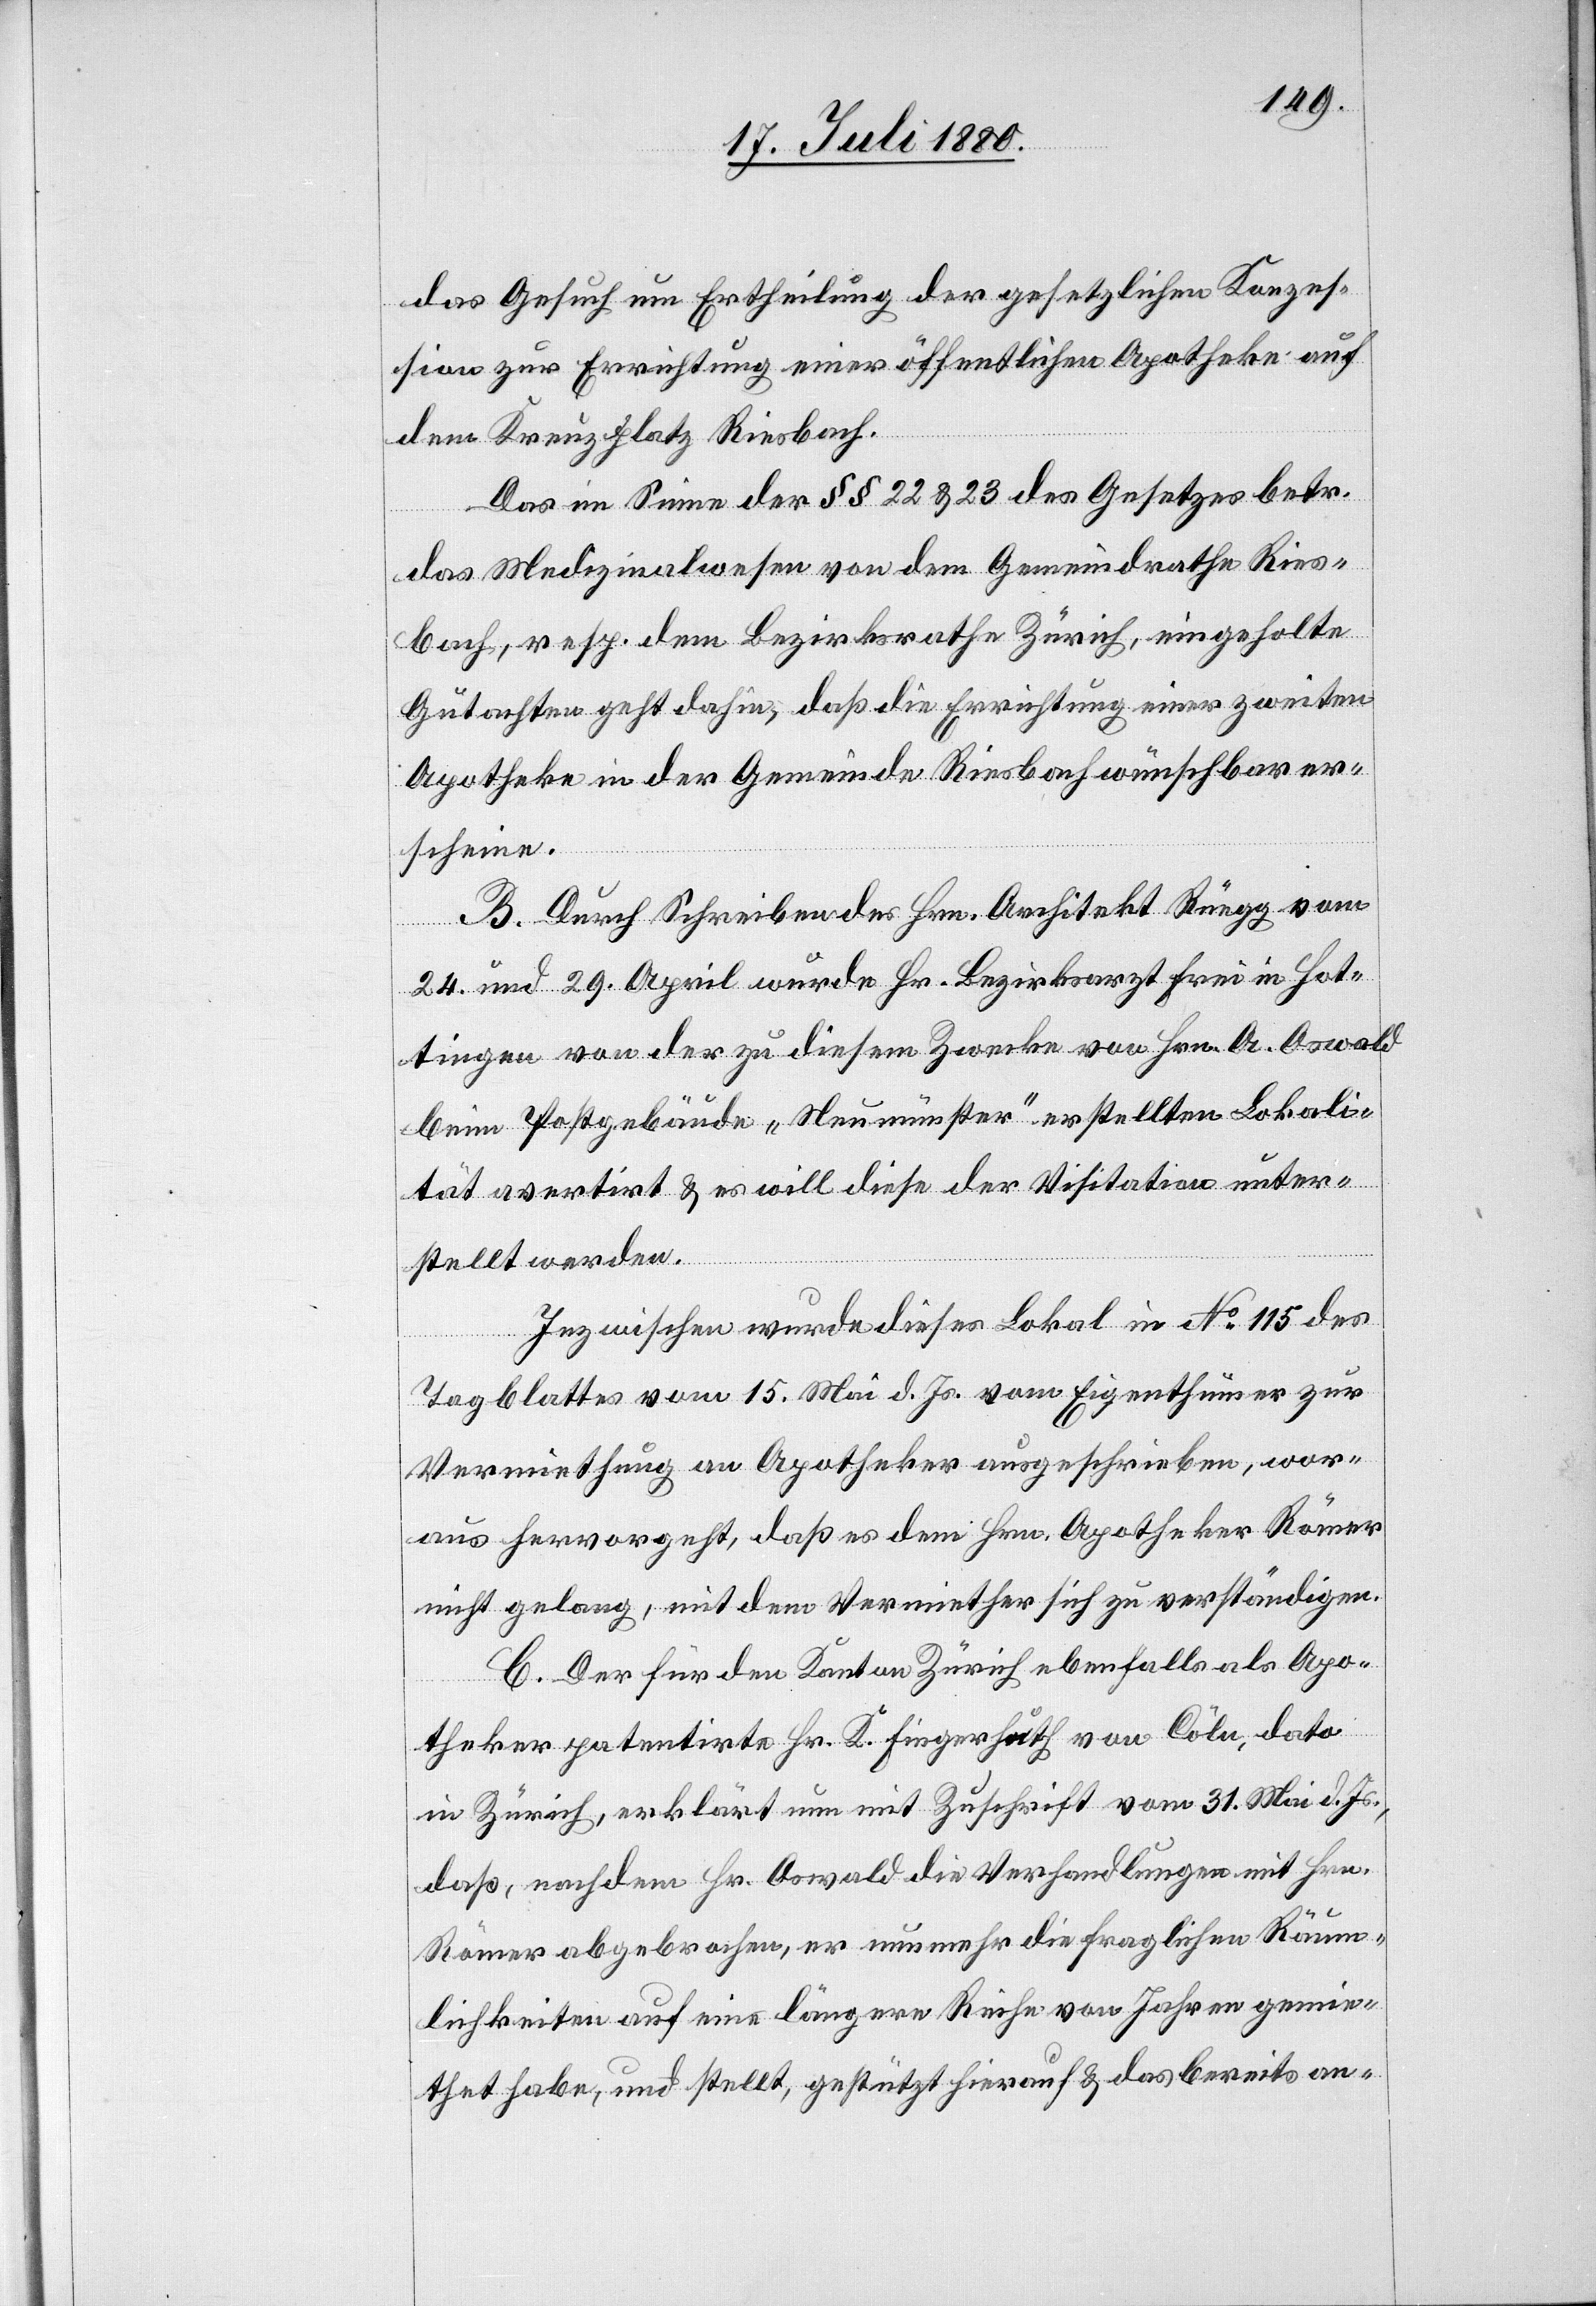
das Gesuch um Ertheilung der gesetzlichen Konzes¬
sion zur Errichtung einer öffentlichen Apotheke auf
dem Kreuzplatz Riesbach.
Das Im Sinne der §§ 22 & 23 des Gesetztes betr.
das Medizinalwesen von dem Gemeindrathe Ries¬
bach, resp. Bezirksrathe Zürich, eingeholte
Gutachten geht dahin, daß die Errichtung einer zweiten
Apotheke in der Gemeinde Riesbach wünschbar er¬
scheine.
B. Durch Schreiben des Hrn. Architekt Rüegg vom
24. und 29. April wurde Hr. Bezirksarzt Erni in Hot¬
tingen von der zu diesem Zwecke von Hrn. A. Oswald
beim Postgebäude „Neumünster“ erstellten Lokali¬
tät avertirt & es will diese der Visitation unter¬
stellt werden.
Inzwischen wurde dieses Lokal in No 115 des
Tagblattes vom 15. Mai d. Js. vom Eigenthümer zur
Vermiethung an Apotheker ausgeschrieben, wor¬
aus hervorgeht, daß es dem Hrn. Apotheker Römer
nicht gelang, mit dem Vermiether sich zu verständigen.
C. Der für den Kanton Zürich ebenfalls als Apo¬
theker patentirte Hr. D. Fingerhuth von Cöln, dato
in Zürich, erklärt nun mit Zuschrift vom 31. Mai d. Js.,
daß nachdem Hr. Oswald die Verhandlungen mit Hrn.
Römer abgebrochen, er nunmehr die fraglichen Räum¬
lichkeiten auf eine längere Reihe von Jahren gemie¬
thet haben, und stellt, gestützt hierauf & das bereits an-